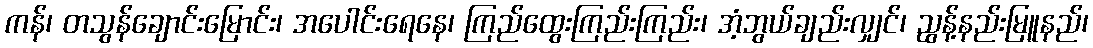
ကန်၊ တသွန်ချောင်းမြောင်း၊ အပေါင်းရေနေ၊ ကြည်ထွေးကြည်းကြည်း၊ အံ့ဘွယ်ချည်းလျှင်၊ ညွန့်နည်းမြူနည်၊